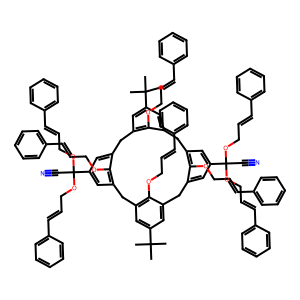
SMILES: CC(C)(C)c1cc2c(OCC=Cc3ccccc3)c(c1)Cc1cc(C(C#N)(OCC=Cc3ccccc3)OCC=Cc3ccccc3)cc(c1OCC=Cc1ccccc1)Cc1cc(C(C)(C)C)cc(c1OCC=Cc1ccccc1)Cc1cc(C(C#N)(OCC=Cc3ccccc3)OCC=Cc3ccccc3)cc(c1OCC=Cc1ccccc1)C2
Inhibits HIV replication: No